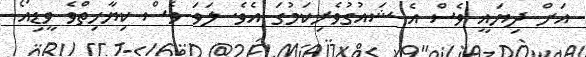
އަށް ދިޔައީ ވެސް އެ ޝައުގުވެރިކަމުގަ އެވެ. ލަވަ ވެސް ކިޔާހިތްވެ ވީޑިއޯ